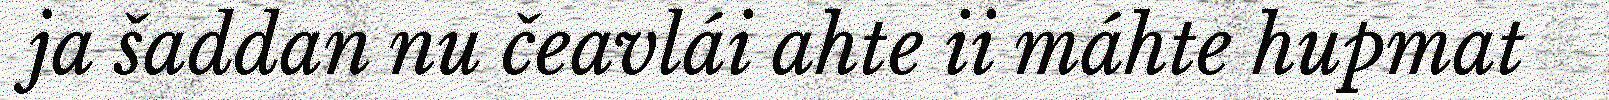
ja šaddan nu čeavlái ahte ii máhte hupmat